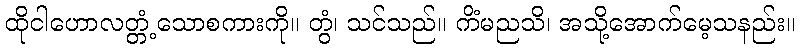
ထိုငါဟောလတ္တံ့သောစကားကို။ တွံ၊ သင်သည်။ ကိံမညသိ၊ အသို့အောက်မေ့သနည်း။